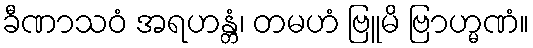
ခီဏာသဝံ အရဟန္တံ၊ တမဟံ ဗြူမိ ဗြာဟ္မဏံ။